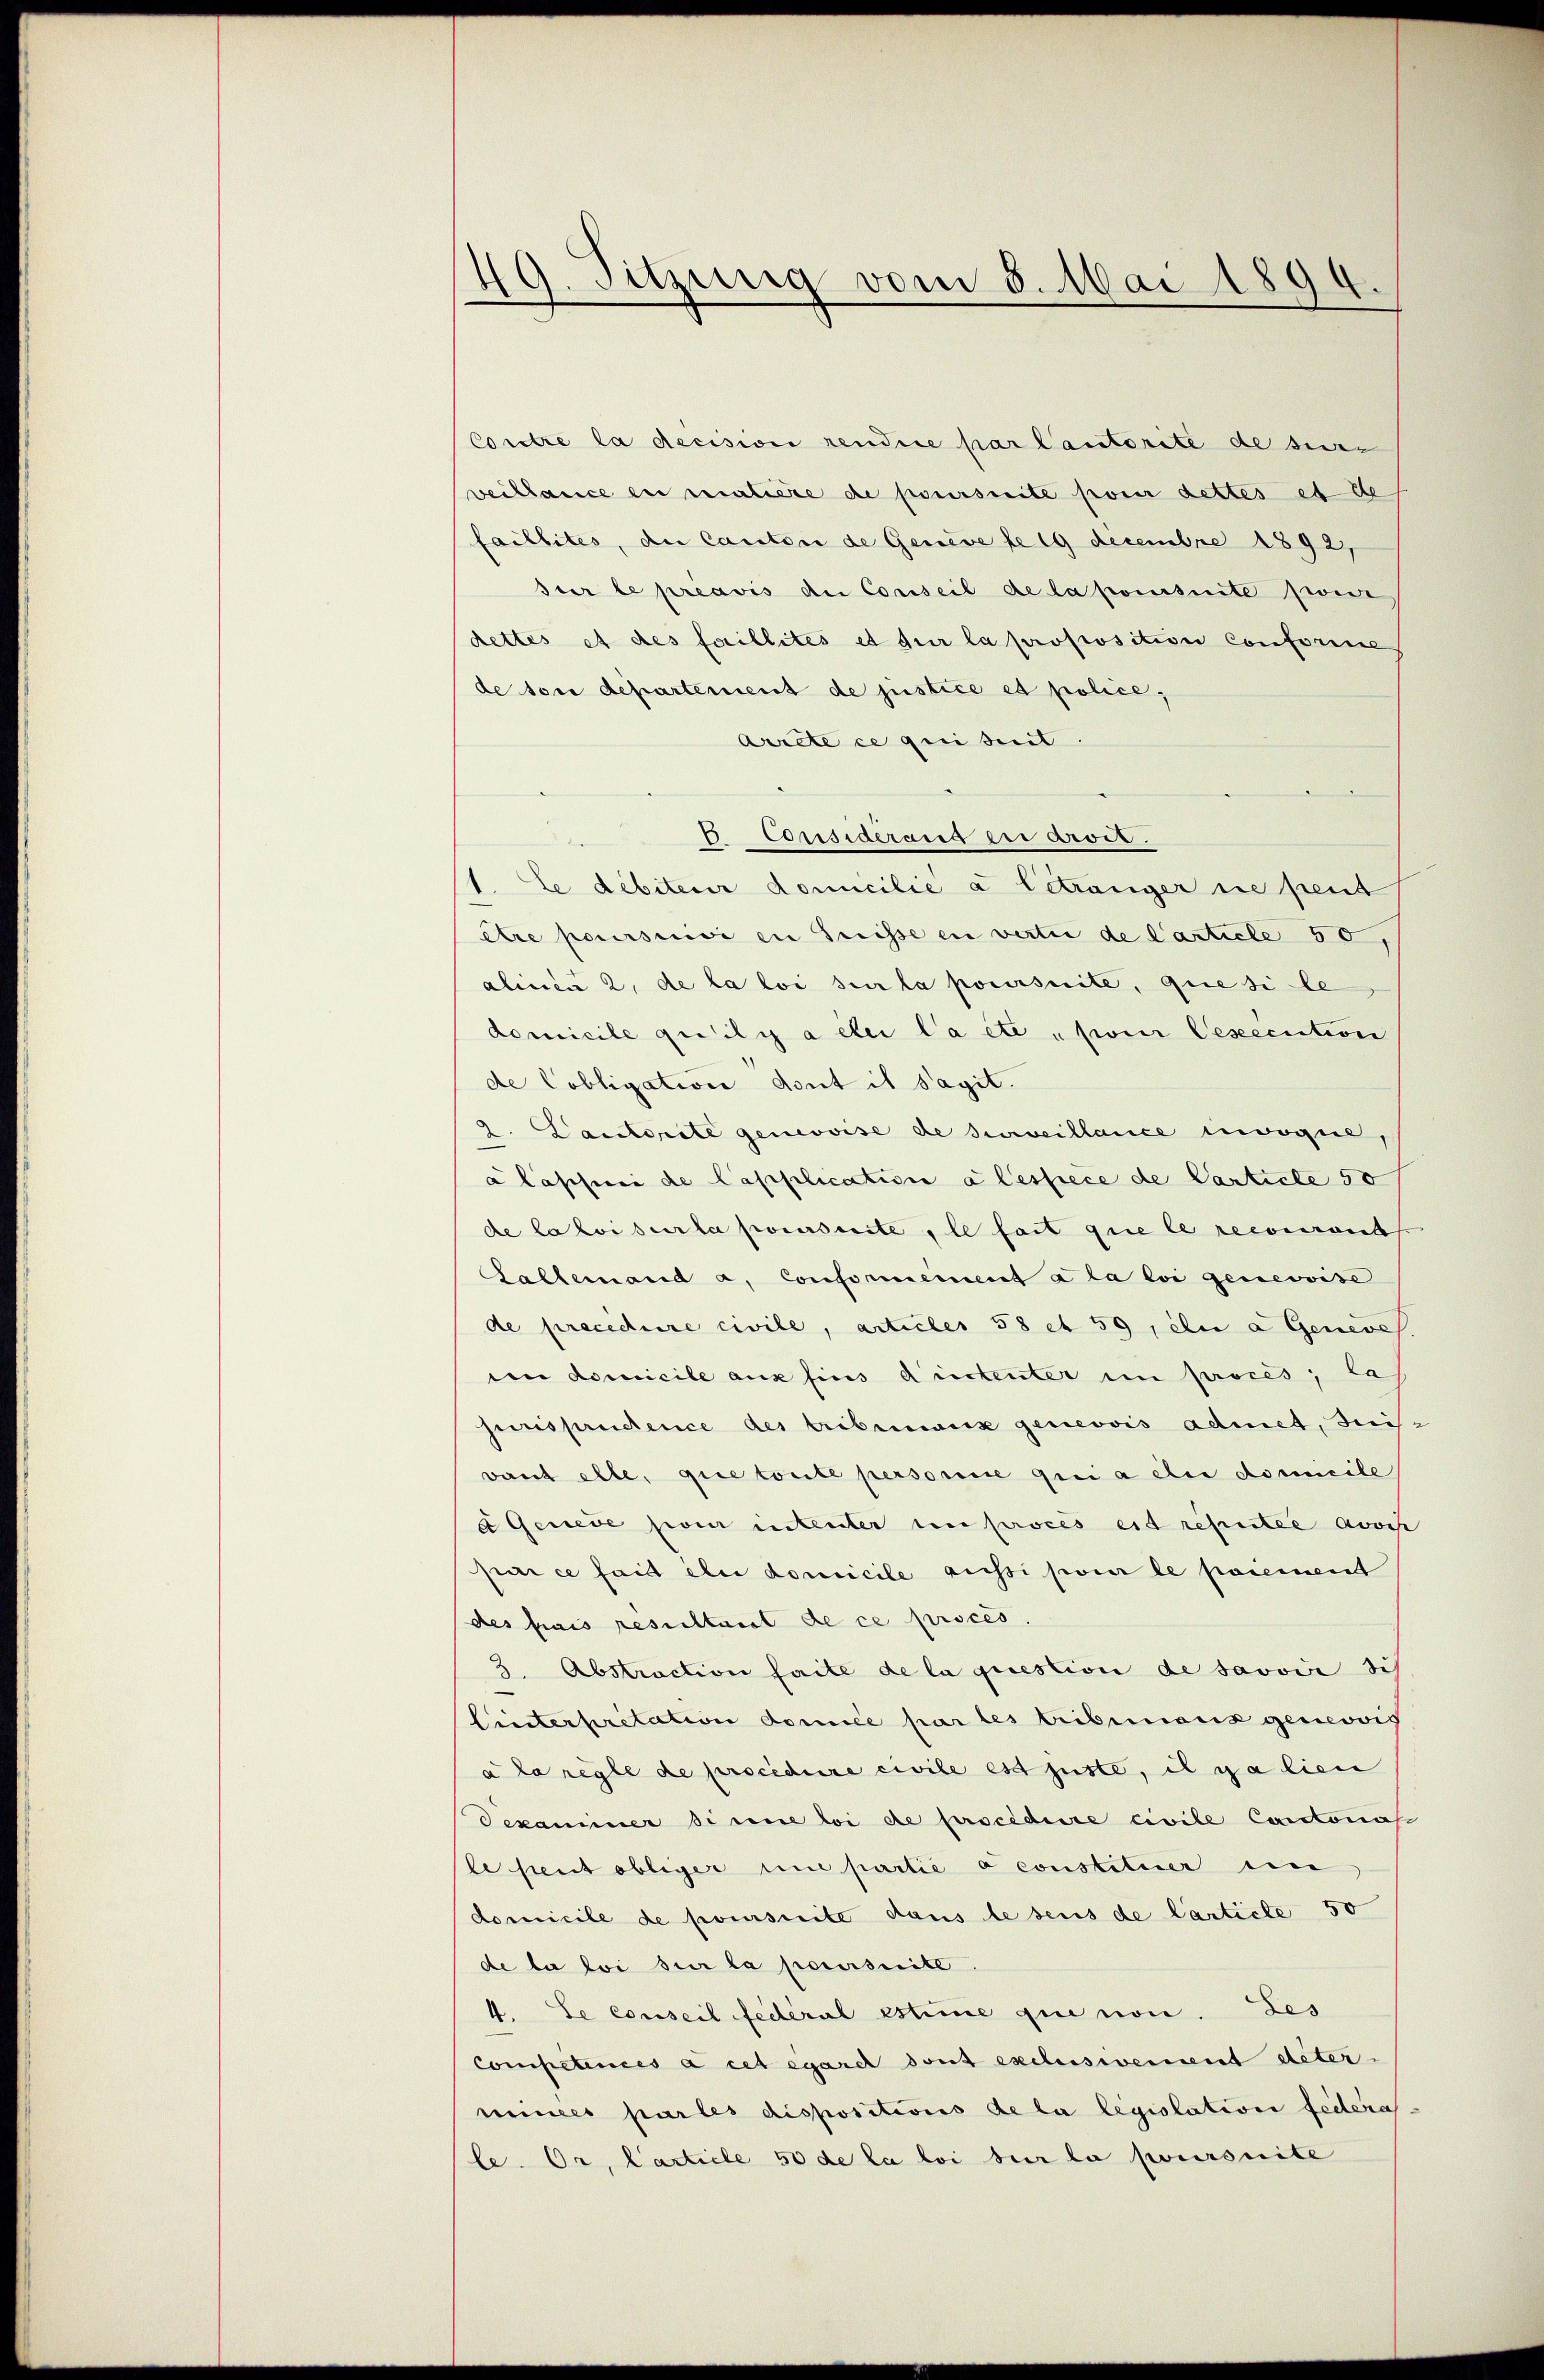
49. Sitzung vom 5. Mai 1899

Corclue la decision rendice par Cantorite de sur-
veillance en maliere de poursuite pour dettes et de
faillites, die Canton de Geneve le 19 decembre 1892,
sur le préavis an Conseil de la poursuite zwei
dettes et des faillités et sur la proposition Conferine
de son departement de justice et police,
Arrete ce qui seit
 Considerung der Arves.
1. Le débiterer domicilie a letzunger sie peut
être poursuivi in Greisse in vertie de Carticle 50,
alinea 2. de la loi sur la poursuite, que si le
domicile quili a elei la etc „pour lesecution
de Cobligation dont is sagit.
2. Lautorite genevoise de surveillance invoque,
a lascherei de Capplication a lessece de Carticle 50
de lator sur la poursuite, le fait que le reconnaiss
Galleinand a. Conformeinent à la loi genevoise
de precedure civile, articles 58 et 59, en a Geneve
in domicile aux fins Aristenter im Proces; las
jurispractence des tribunaux geneovis admet, dreisvant elle, que toute personne qui a der domicile
a Genede pour intenter in proces est reputée avoi
par ce faid elei domicile aussi pour le paiement
des frais resultant de ce proces
3 Abstraction faite de la question de savoir sich
Einterpretation domice par les tribunaus gemovis
à la règle de procedure civile est juste, il galien
Dexaminer si eine loi de procéduire civile Cantonas
lesent obliger une partie a constituier ein
domicile de poursuite dans lesens de Carticle 50
de la loi sur la poursuite
4. Se conseil fédéral estime que von. Les
competences à cet égarch dont exclusweisent deter-
minces par les dispositions de la legislation feiera
le. Or, Carticle 50 de la loi sur la poursuite